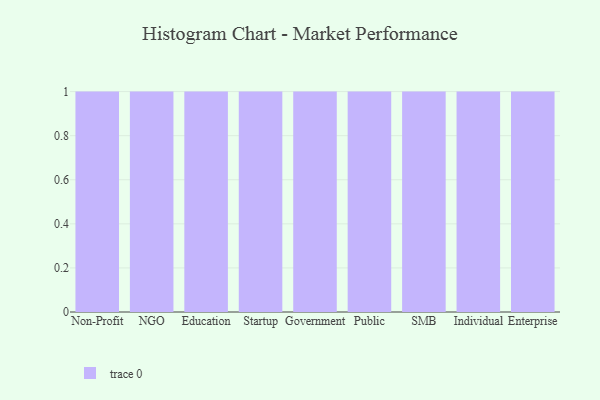
{"axis": {"x": "Segment", "y": "Conversion Rate (%)"}, "legend": [""], "data": [{"x": "Non-Profit", "y": 47, "type": ""}, {"x": "NGO", "y": 83, "type": ""}, {"x": "Education", "y": 84, "type": ""}, {"x": "Startup", "y": 12, "type": ""}, {"x": "Government", "y": 72, "type": ""}, {"x": "Public", "y": 31, "type": ""}, {"x": "SMB", "y": 92, "type": ""}, {"x": "Individual", "y": 78, "type": ""}, {"x": "Enterprise", "y": 63, "type": ""}]}